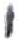
אות: י